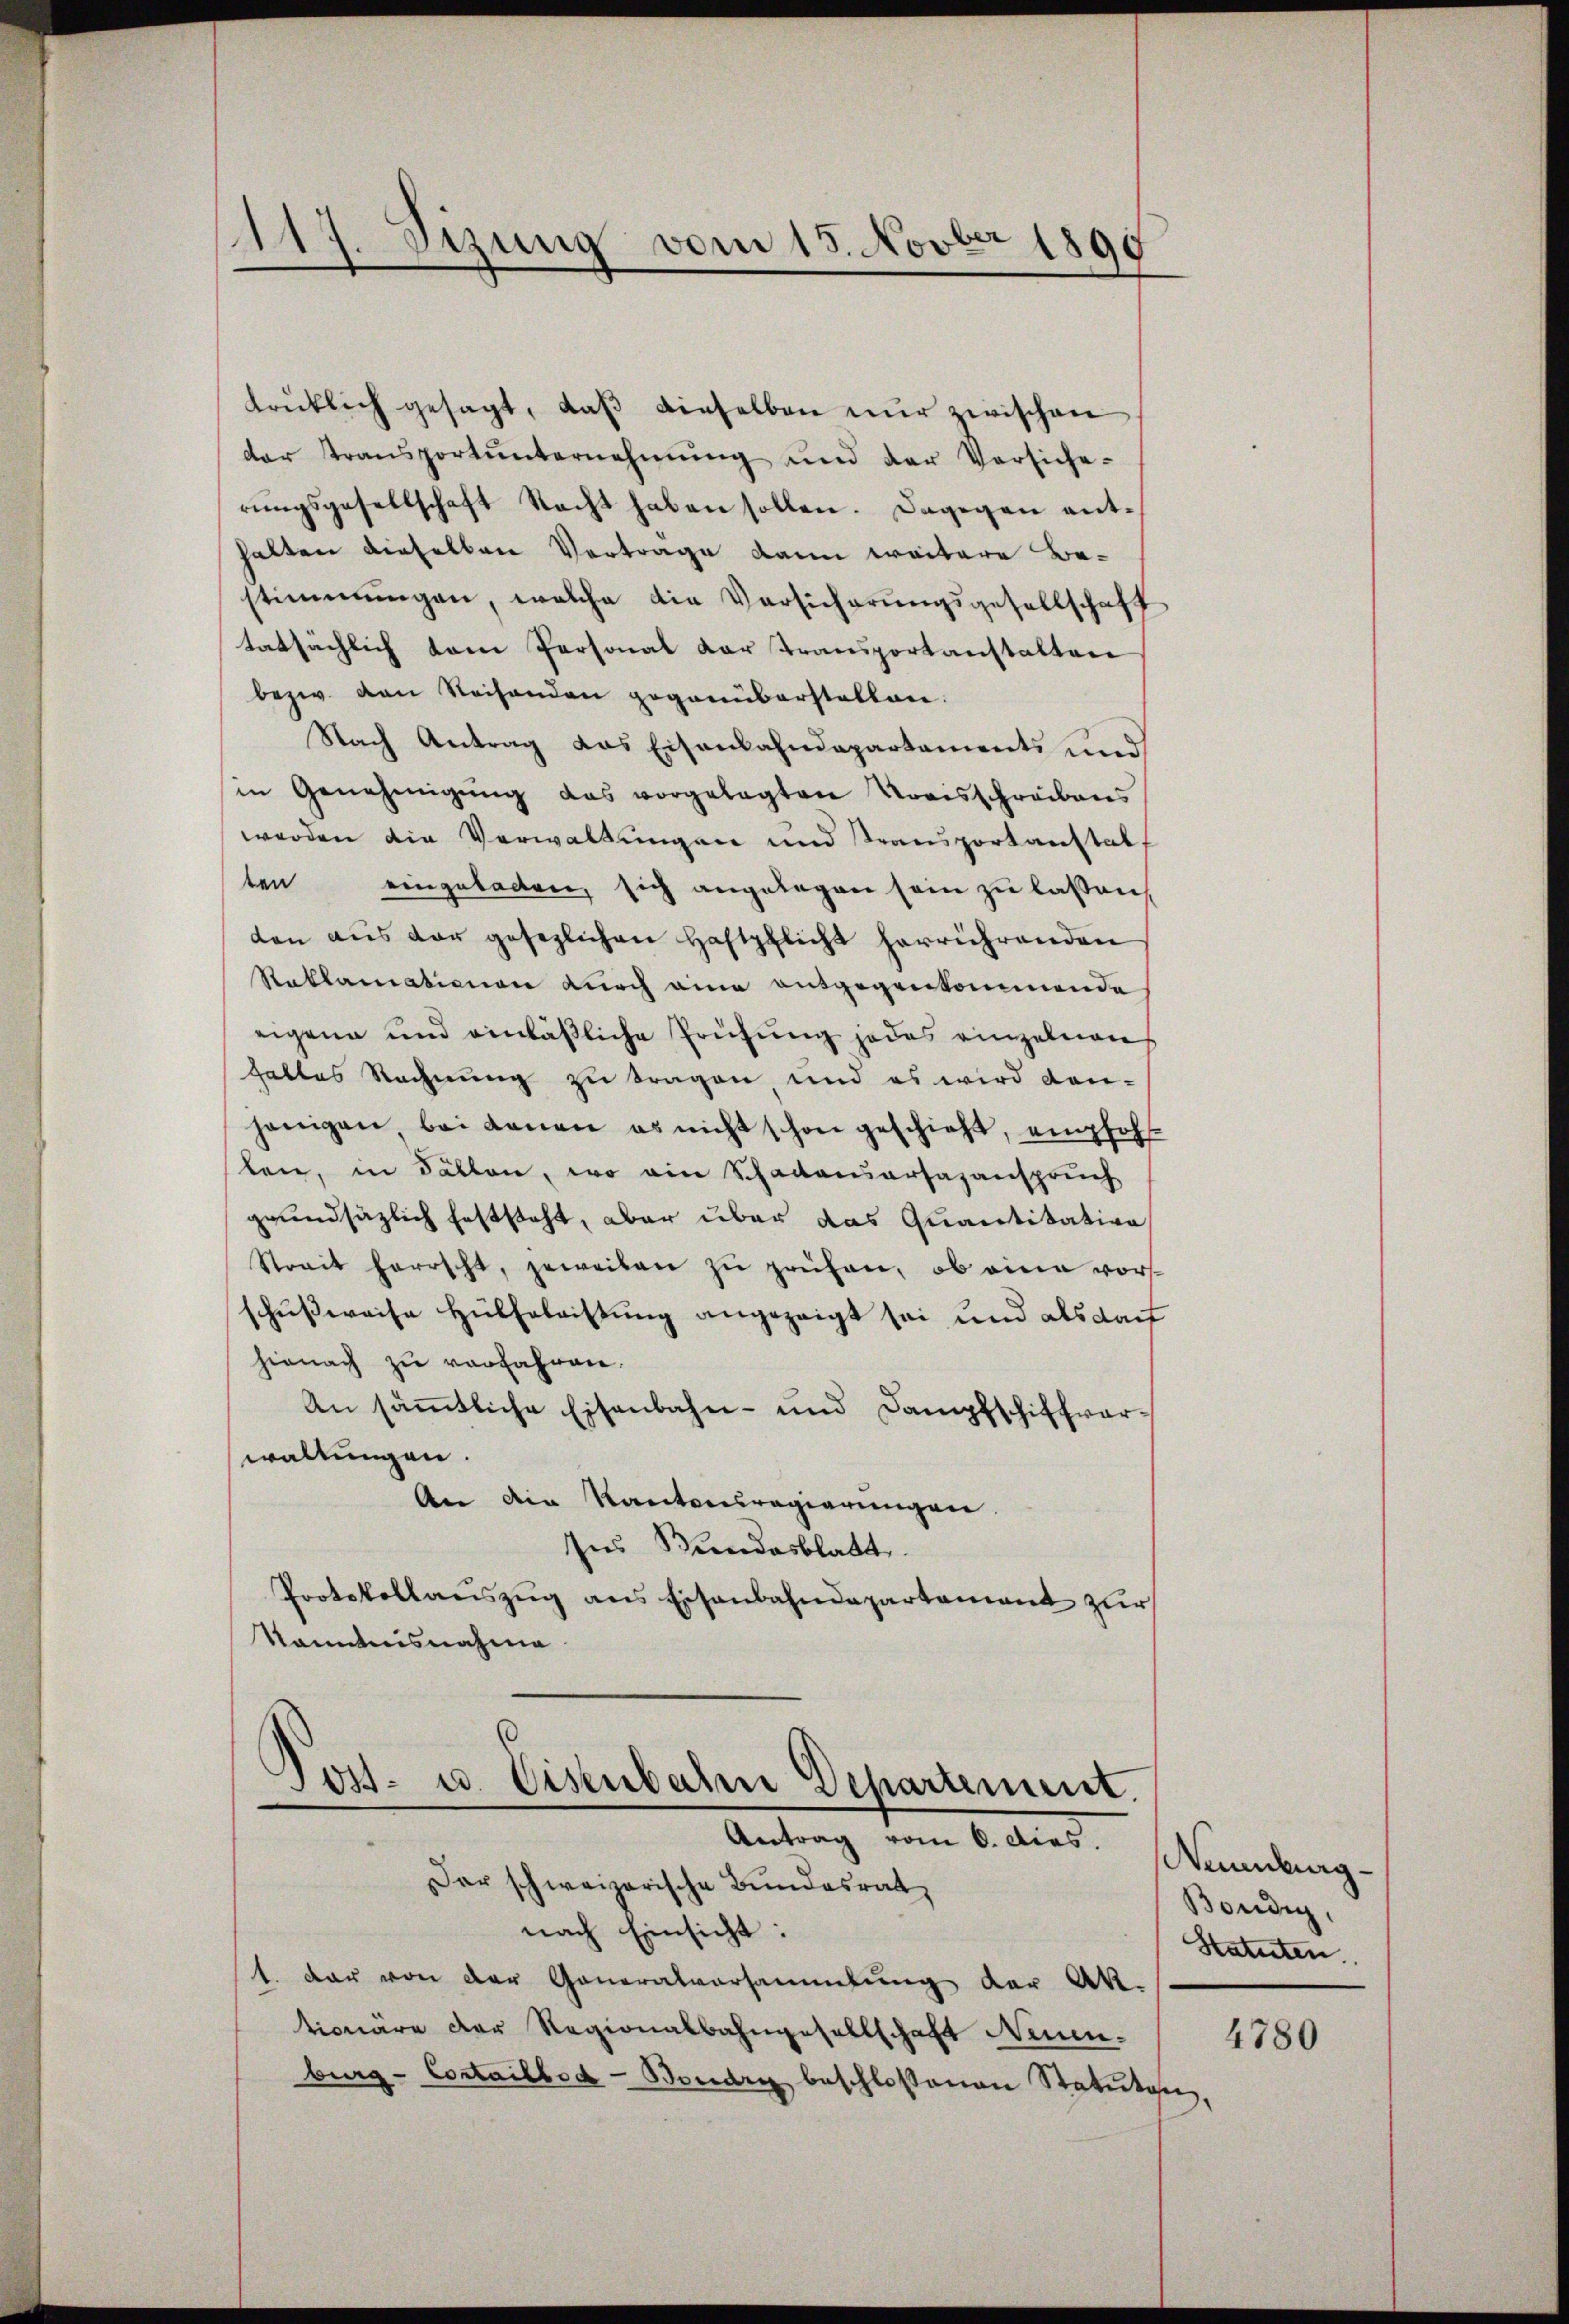
117. Sizung vom 15. Novber 1890

trütlich gesagt, daβ dieselben nur zwischen
der Stransportŭnternehmung und der Versiche-
rŭngsgesellschaft Recht haben sollen. Dagegen enthalten dieselben Vertrage kann weitere Be-
stimmungen, welche die Versicherungsgesellschaft
tatsächlich kam Personal der Transportanstalten
bezw. von Reisenden gegenüberstatten.
Nach Antrag das Eisenbahndepartaments und
in Genehmigŭng das vorgelegten Kreisschreibens
werden die Verwaltungen und Transportanstal
ten eingeladen, sich angelegen sein zu lassen,
den aŭs der gesezlichen Haftpflicht herrührenden
Staklamationen durch eine entgegenkommende
eigene und einläßliche Prüfung jedes einzelnen
hattes Rechnung zu tragen und es wird dan-
jenigen bei denen es nicht schon geschieht, empfohllen, in Fällen, wo ein Schadensersazanspruch
grundsätzlich feststeht, aber über das Quantitation
Strait herrscht, jeweiben zu prüfen, ob eine vorschußweise Hülfeleistung angezeigt sei und als darf
hienach zu verfahren.
An sämmtliche Eisenbahn- und Dampfschiffwarwaltungen.
An die Kantonsregierungen.
Ins Bundesblatt
Protokollaŭszŭg ans Eisenbahndepartement zur
kanntnisnahme

Jost- u. Eisenbahre Departement.
Antrag vom 6. dies. Neuenburg-

Der schweizerische Bundesrat
nach Einsicht:
1. dar von der Generalversammlung der Ak-
tionare der Regionalbahngesellschaft Neuen-
burg - Costailbod-Boudry beschlossenen Statuten,

Bondig,
Statuten.

4780